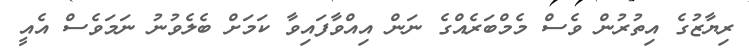
ރިޔާޒުގެ އިތުރުން ވެސް މެމްބަރެއްގެ ނަން އިއްވާފައިވާ ކަމަށް ބެލެވުނު ނަމަވެސް އެއީ